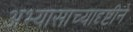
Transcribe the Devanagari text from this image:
अभ्यासाच्यादृष्टीने